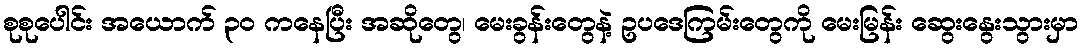
စုစုပေါင်း အယောက် ၃၀ ကနေပြီး အဆိုတွေ၊ မေးခွန်းတွေနဲ့ ဥပဒေကြမ်းတွေကို မေးမြန်း ဆွေးနွေးသွားမှာ